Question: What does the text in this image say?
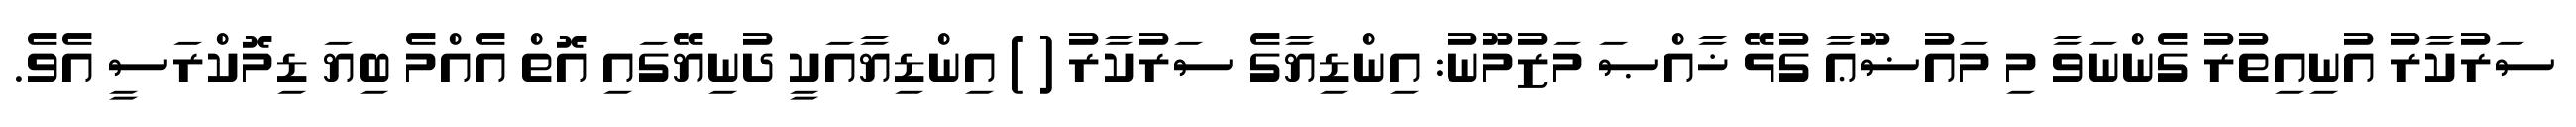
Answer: ސަރުކާރު އުނިއިތުރު ގެންނަވާ މި މައުޟޫޢާ ގުޅޭ ޚާއްޞަ މަޒުމޫނު: އިންޑިޔާގެ ސަރުކާރު ( ) އިންޑިޔާއަކީ ދުނިޔޭގައި އޮތް އެއްމެ ބިޔަ ޑިމޮކްރަސީ އެވެ.